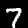
Digit: 7